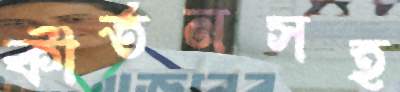
কীর্তনসহ